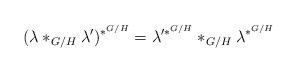
LaTeX: \begin{align*}(\lambda\ast_{G/H}\lambda')^{\ast^{G/H}}=\lambda'^{\ast^{G/H}}\ast_{G/H}\lambda^{\ast^{G/H}}\end{align*}